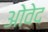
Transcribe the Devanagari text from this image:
ओवेद